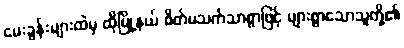
မေးခွန်းများထဲမှ ထိုမြို့နယ် စိတ်မသက်သာစွာဖြင့် များစွာသောသူတို့၏